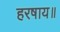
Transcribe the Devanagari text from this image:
हरषाय॥